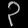
Digit: ၃